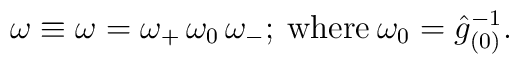
\omega\equiv \omega=\omega _+\, \omega _0\,\omega _-;\> \hbox{where}\> \omega _0=\hat {g}_{(0)}^{-1}.